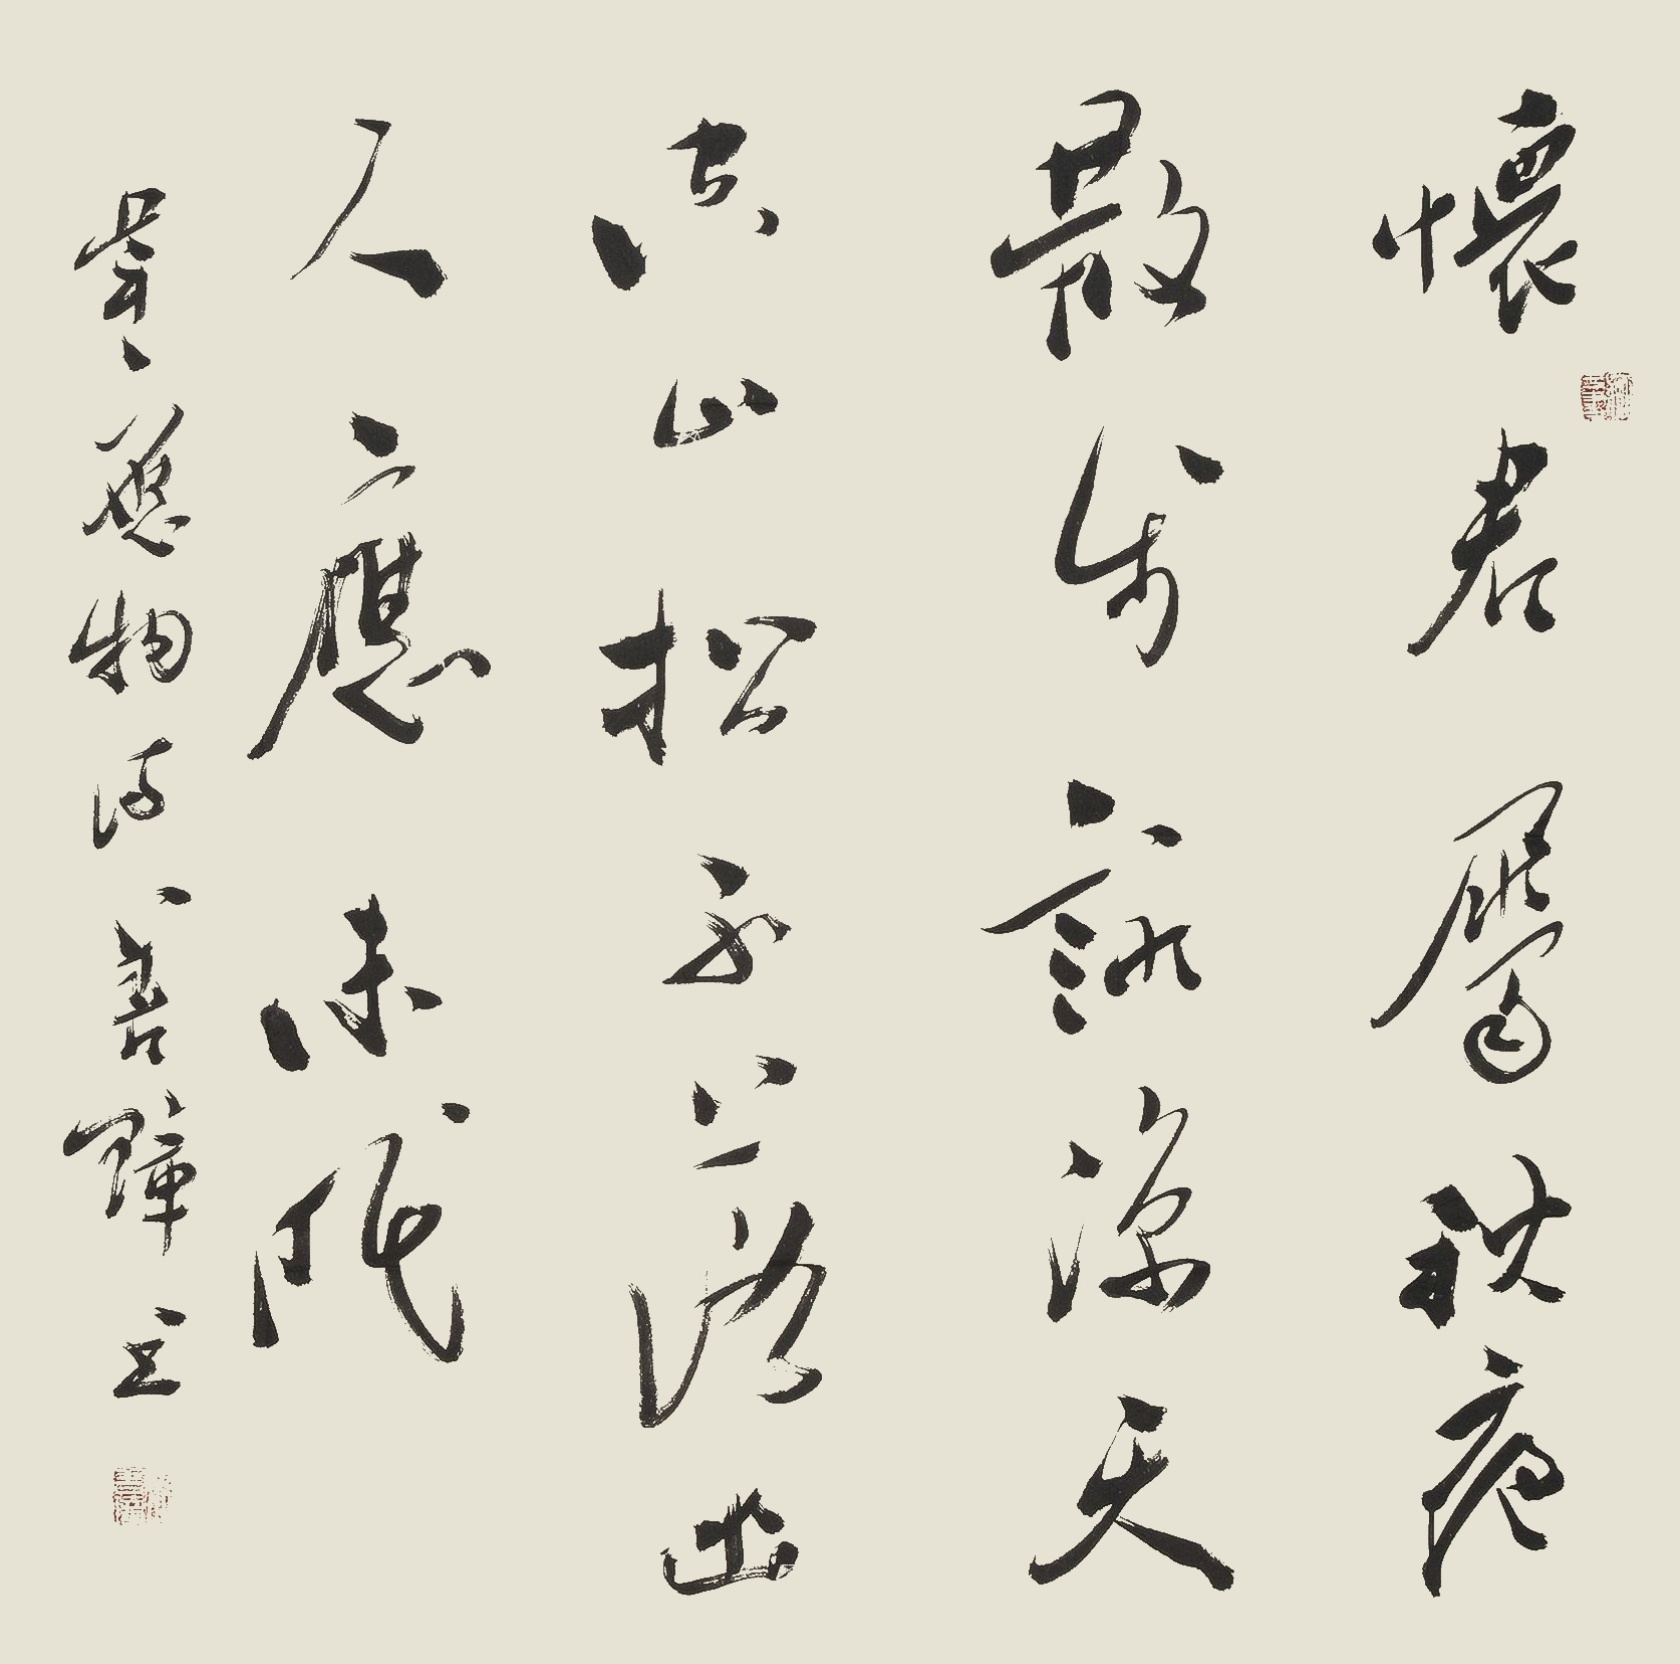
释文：怀君属秋夜，散步咏凉天。空山松子落，幽人应未眠。韦应物诗，善璋书。